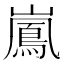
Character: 𮱱